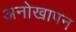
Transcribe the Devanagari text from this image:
अनोखापन